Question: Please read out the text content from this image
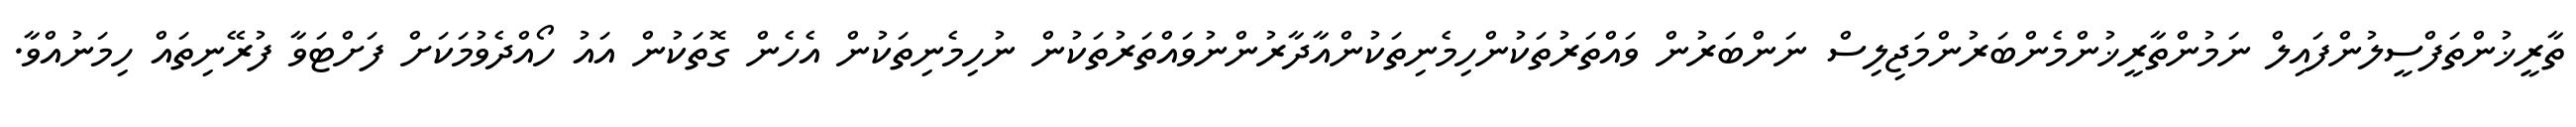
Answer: ތާރީޚުންތަފްސީލުންފައިލް ނަމުންތާރީޚުންމެންބަރުންމަޖިލިސް ނަންބަރުން ވައްތަރުތަކުންހިމެނިތަކުންއާދާރުންނުވައްތަރުތަކުން ނުހިމެނިތަކުން އެހެން ގޮތަކުން އައު ހޯއްދެވުމަކަށް ފަށްޓަވާ ފުރޭނިތައް ހިމަނުއްވާ.